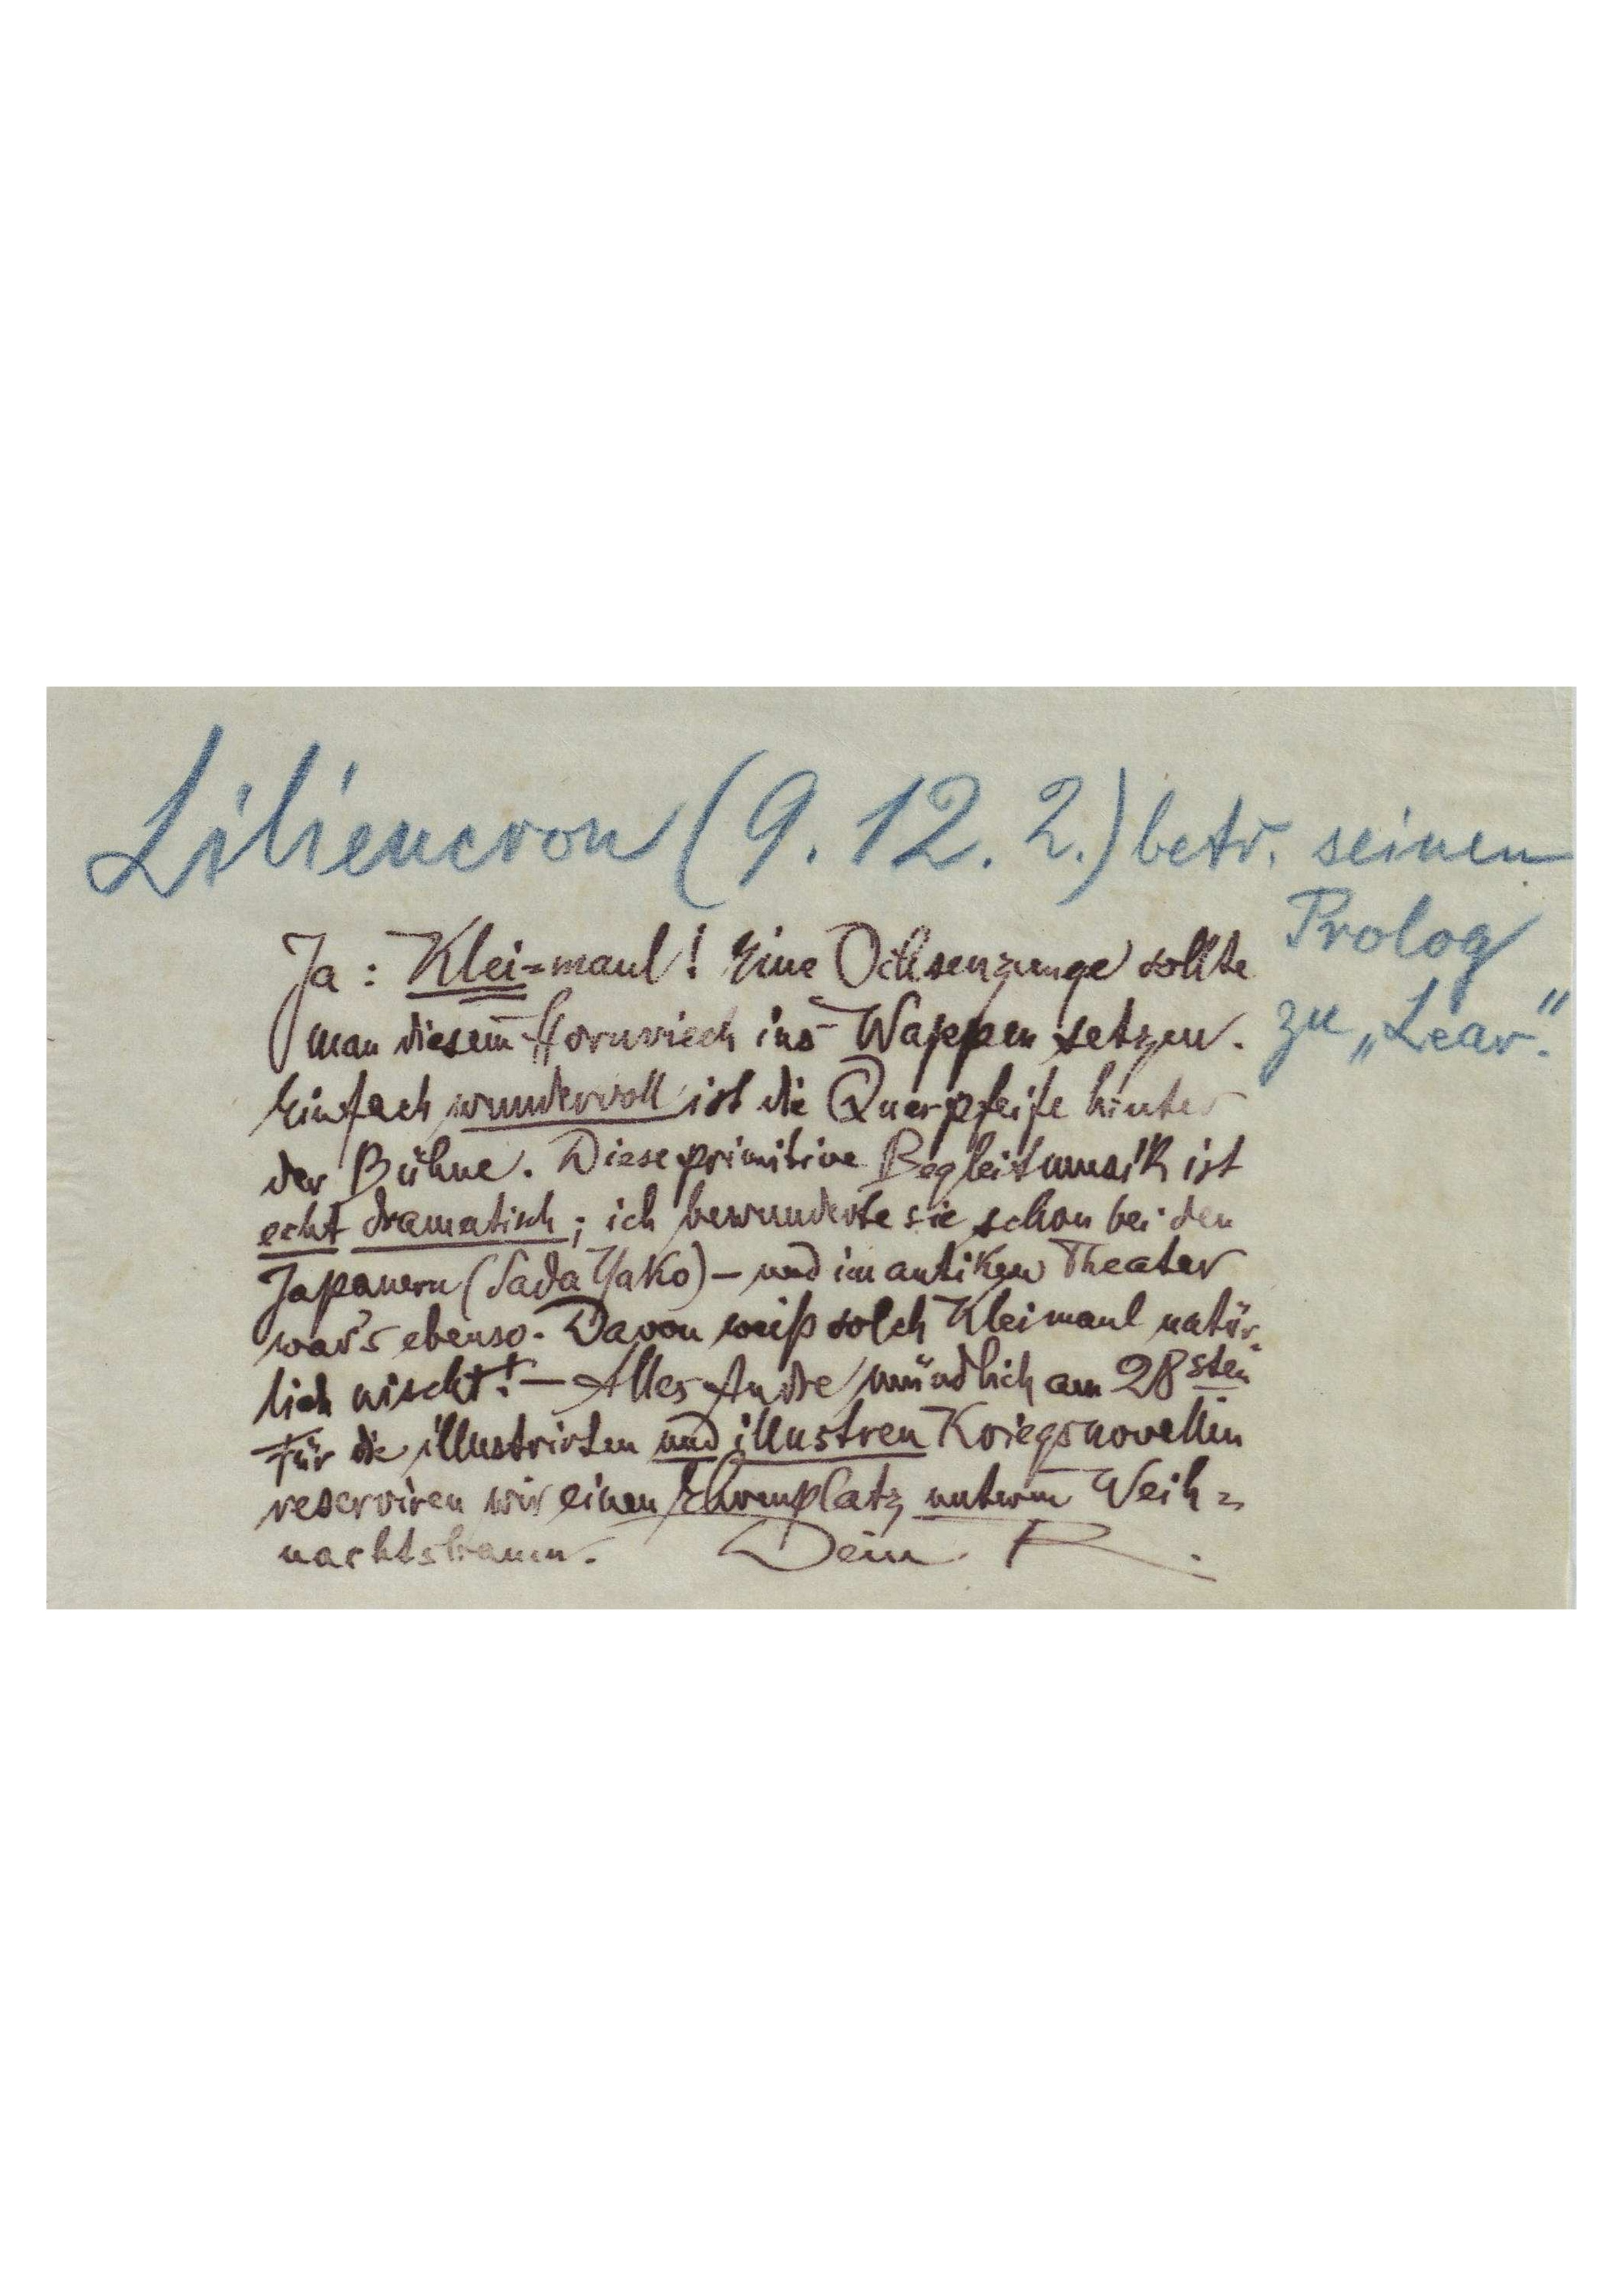
Liliencron (9.12.2.) betr. seinen
Prolog
zu „Lear‟.
Ja: Klei-maul! Eine Ochsenzunge sollte
man diesem Hornviech ins Wappen setzen.
Einfach wundervoll ist die Querpfeife hinter
der Bühne. Diese primitive Begleitmusik ist
echt dramatisch; ich bewunderte sie schon bei den
Japanern (Sada Yako) – und im antiken Theater
war’s ebenso. Davon weiß solch Kleimaul natür-
lich nischt! – Alles Andre mündlich am 28sten.
Für die illustrirten und illustren Kriegsnovellen
reserviren wir einen Ehrenplatz unterm Weih-
nachtsbaum.
Dein R.